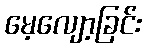
မေ့လျော့ခြင်း